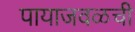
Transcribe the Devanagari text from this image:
पायाजवळची